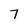
Character: 7